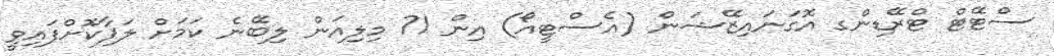
ސްޓޭޓް ޓްރޭޑިންގ އޮގަނައިޒޭޝަން (އެސްޓީއޯ) އިން 71 މިލިއަން ލިބޭނެ ކަމަށް ލަފާކޮށްފައިވީ